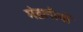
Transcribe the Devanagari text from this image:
मंडलीयों